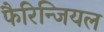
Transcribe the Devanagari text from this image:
फैरिन्जियल